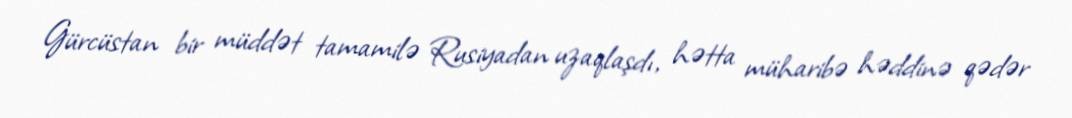
Gürcüstan bir müddət tamamilə Rusiyadan uzaqlaşdı, hətta müharibə həddinə qədər